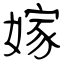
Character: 嫁